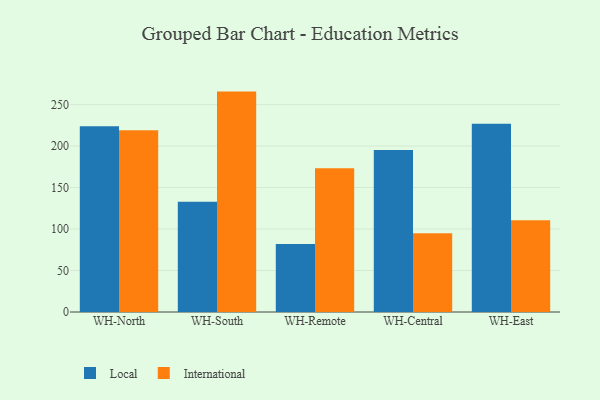
{"axis": {"x": "Warehouse", "y": "Waste Production (Tons)"}, "legend": ["International", "Local"], "data": [{"x": "WH-North", "y": 223.7, "type": "Local"}, {"x": "WH-North", "y": 219.1, "type": "International"}, {"x": "WH-South", "y": 132.9, "type": "Local"}, {"x": "WH-South", "y": 265.6, "type": "International"}, {"x": "WH-Remote", "y": 82.0, "type": "Local"}, {"x": "WH-Remote", "y": 173.3, "type": "International"}, {"x": "WH-Central", "y": 195.2, "type": "Local"}, {"x": "WH-Central", "y": 94.8, "type": "International"}, {"x": "WH-East", "y": 226.8, "type": "Local"}, {"x": "WH-East", "y": 110.7, "type": "International"}]}